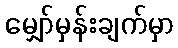
မျှော်မှန်းချက်မှာ